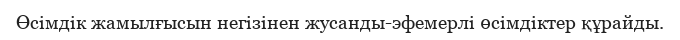
Өсімдік жамылғысын негізінен жусанды-эфемерлі өсімдіктер құрайды.